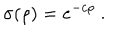
LaTeX: \sigma ( \rho ) = e ^ { - c \rho } ~ .